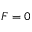
F = 0